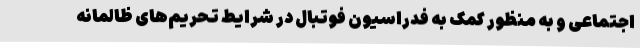
اجتماعی و به منظور کمک به فدراسیون فوتبال در شرایط تحریم‌های ظالمانه